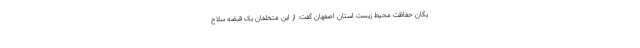
یگان حفاظت محیط زیست استان اصفهان گفت: از این متخلفان یک قبضه سلاح